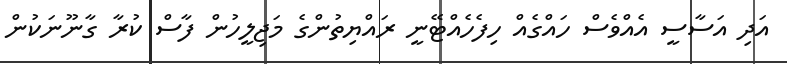
އަދި އަސާސީ އެއްވެސް ހައްގެއް ހިފެހެއްޓޭނީ ރައްޔިތުންގެ މަޖިލީހުން ފާސް ކުރާ ގާނޫނަކުން